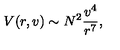
V ( r , v ) \sim N ^ { 2 } \frac { v ^ { 4 } } { r ^ { 7 } } ,